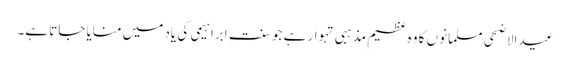
عیدالاضحی مسلمانوں کا وہ عظیم مذہبی تہوار ہے جو سنت ِ ابراہیمی کی یاد میں منایا جاتا ہے۔